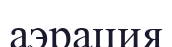
аэрация